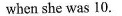
when she was 10.